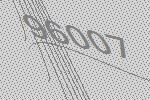
96007